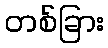
တစ်ခြား